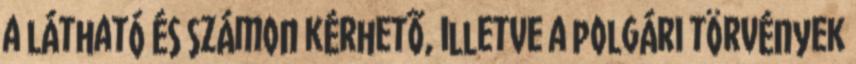
a látható és számon kérhetõ, illetve a polgári törvények